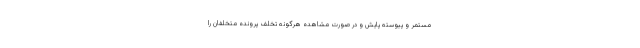
مستمر و پیوسته پایش و در صورت مشاهده هرگونه تخلف پرونده متخلفان را